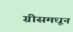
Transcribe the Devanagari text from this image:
ग्रीसमधून